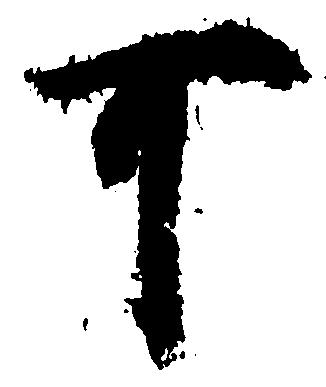
可